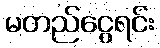
မတည်ငွေရင်း